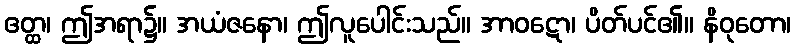
ဧတ္ထ၊ ဤအရာ၌။ အယံဇနော၊ ဤလူပေါင်းသည်။ အာဝဋော၊ ပိတ်ပင်၏။ နိဝုတော၊